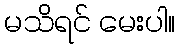
မသိရင် မေးပါ။